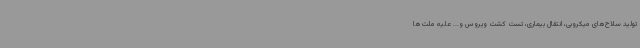
تولید سلاح‌های میکروبی، انتقال بیماری، تست کشت ویروس و... علیه ملت‌ها